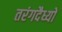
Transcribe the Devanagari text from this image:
तरंगदैध्यों